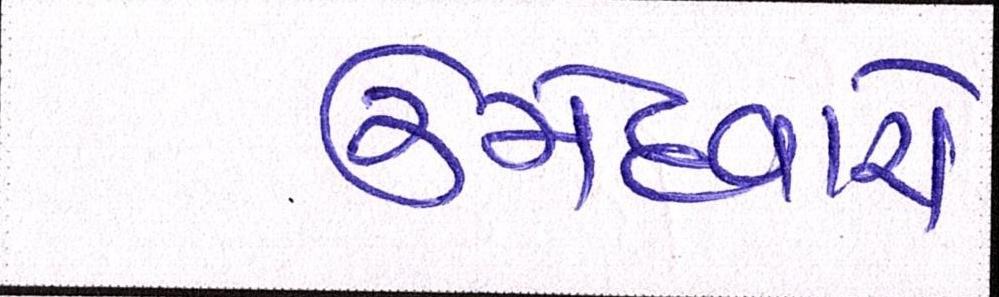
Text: ઉમેદવારો